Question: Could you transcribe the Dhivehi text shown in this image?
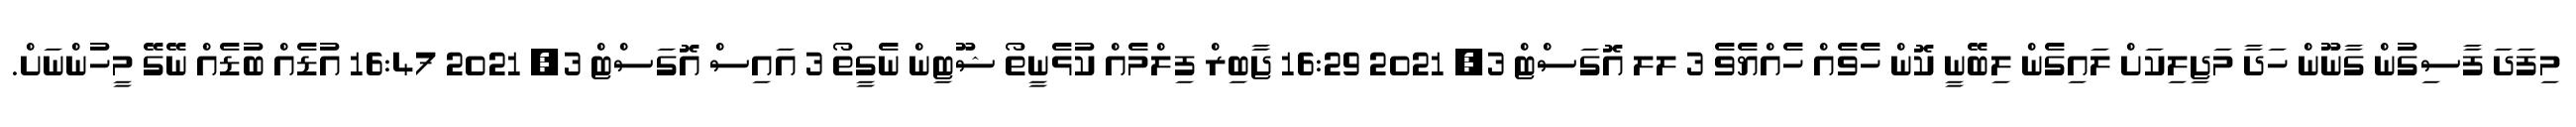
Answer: މިފަދަ ފާސިގުން ގާނޫން ހަދާ މަޖިލިކަށް ލައިގެން ލިބޭނީ ކޮން ހެވެއް ހެއްޔެވެ 3 ލލ އޮގަސްޓް 3, 2021 16:29 ޖާބިރް ފިލްމެއް ކުޅެނީތޯ ޝޫޓިން ނެގީތޯ 3 އައިސް އޮގަސްޓް 3, 2021 16:47 އުޑެއް ބުޑެއް ނޭގޭ މީހުންނަށް.